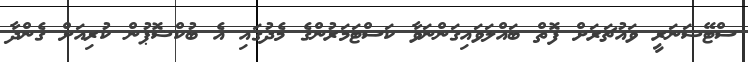
ސްޓޭޝަނަރީ ވައުޗަރަށް ފޮތް ބައްލަވައިގަންނަވާ ކަސްޓަމަރުންގެ މެދުގައި އެ ބުކްޝޮޕުން ކުރިއަށް ގެންދާ